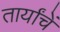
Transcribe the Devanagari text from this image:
तार्यांचें